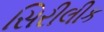
સિરીલીક